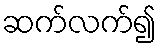
ဆက်လက်၍